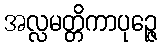
အလ္လမတ္တိကာပုဉ္ဇေ